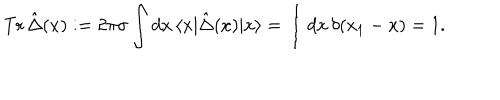
\mathrm { T r } \, \hat { \Delta } ( x ) : = 2 \pi \sigma \int d x \, \langle x | \hat { \Delta } ( x ) | x \rangle = \int d x \, \delta ( x _ { 1 } - x ) = 1 .